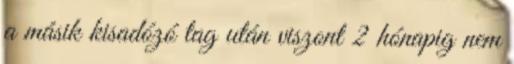
a másik kisadózó tag után viszont 2 hónapig nem